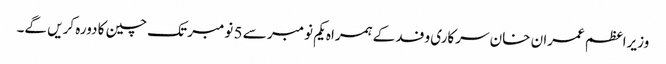
وزیراعظم عمران خان سرکاری وفد کے ہمراہ یکم نومبر سے 5 نومبر تک چین کا دورہ کریں گے۔